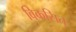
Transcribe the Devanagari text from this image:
विकसित्